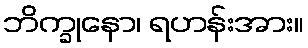
ဘိက္ခုနော၊ ရဟန်းအား။